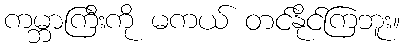
ကမ္ဘာကြီးကို မကယ် တင်နိုင်ကြဘူး။